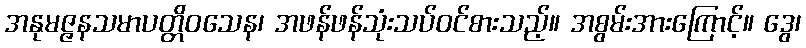
အနုမဇ္ဇနသမာပတ္တိဝသေန၊ အဖန်ဖန်သုံးသပ်ဝင်စားသည့်။ အစွမ်းအားကြောင့်။ ဒွေ၊